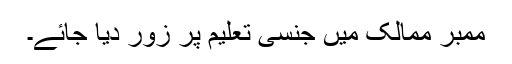
ممبر ممالک میں جنسی تعلیم پر زور دیا جائے۔